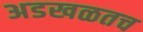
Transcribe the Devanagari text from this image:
अडखळतच